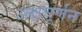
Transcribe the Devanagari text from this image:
अक्षघूर्णन